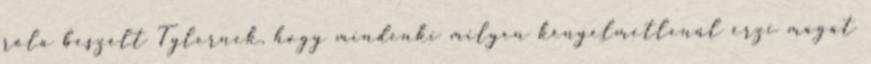
róla beszélt Tylernek, hogy mindenki milyen kényelmetlenül érzi magát